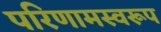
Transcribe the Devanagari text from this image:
परिणामस्वरूप